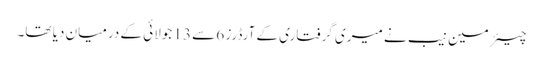
چیئرمین نیب نے میری گرفتاری کے آرڈرز 6 سے 13 جولائی کے درمیان دیا تھا۔